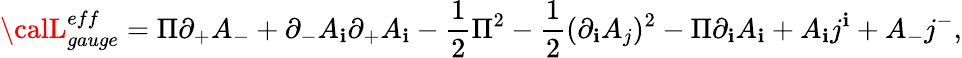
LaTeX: {\calL}_{gauge}^{eff}=\Pi\partial_{+}A_{-}+\partial_{-}A_{\mathbf{i}}\partial_{+}A_{\mathbf{i}}-\frac{1}{2}\Pi^{2}-\frac{1}{2}(\partial_{\mathbf{i}}A_{j})^{2}-\Pi\partial_{\mathbf{i}}A_{\mathbf{i}}+A_{\mathbf{i}}j^{\mathbf{i}}+A_{-}j^{-},